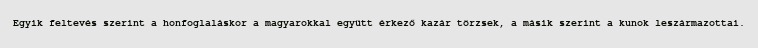
Egyik feltevés szerint a honfoglaláskor a magyarokkal együtt érkező kazár törzsek, a másik szerint a kunok leszármazottai.